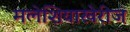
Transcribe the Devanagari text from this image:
मलेशियाखेरीज